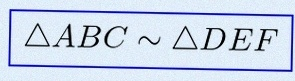
\triangle ABC\sim\triangle DEF